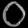
Digit: ၀